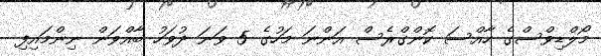
މޯލްޑިވްސްގެ ހާއްސަ ކޮންގްރެސް އަންނަ މަހުގެ 5 ވަނަ ދުވަހު ބާއްވަން ނިންމައިފި